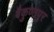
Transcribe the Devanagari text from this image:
बैकुण्ठपुर